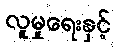
လူမှုရေးနှင့်